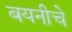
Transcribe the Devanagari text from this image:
बयनीचे